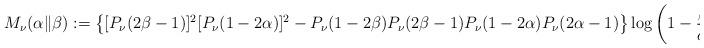
LaTeX: \begin{align*}M_\nu(\alpha\Vert\beta):=\left\{[P_{\nu }(2\beta-1)]^2[P_\nu(1-2\alpha)]^2-P_\nu(1-2\beta)P_\nu(2\beta-1)P_\nu(1-2\alpha)P_\nu(2\alpha-1)\right\}\log\left( 1-\frac{\beta}{\alpha} \right)\end{align*}